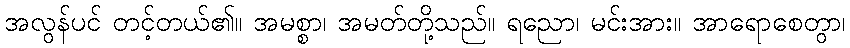
အလွန်ပင် တင့်တယ်၏။ အမစ္စာ၊ အမတ်တို့သည်။ ရညော၊ မင်းအား။ အာရောစေတွာ၊